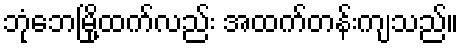
ဘုံဘေမြို့ထက်လည်း အထက်တန်းကျသည်။